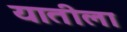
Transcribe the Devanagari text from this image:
यातीला